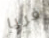
فريا